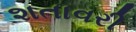
શતાવરી